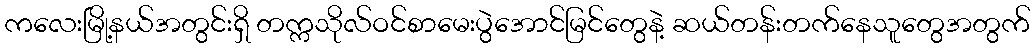
ကလေးမြို့နယ်အတွင်းရှိ တက္ကသိုလ်ဝင်စာမေးပွဲအောင်မြင်တွေနဲ့ ဆယ်တန်းတက်နေသူတွေအတွက်